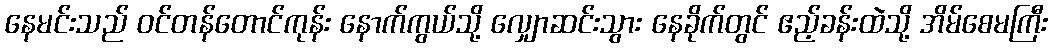
နေမင်းသည် ဝင်တန်တောင်ကုန်း နောက်ကွယ်သို့ လျှောဆင်းသွား နေခိုက်တွင် ဧည့်ခန်းထဲသို့ အိမ်စေမကြီး